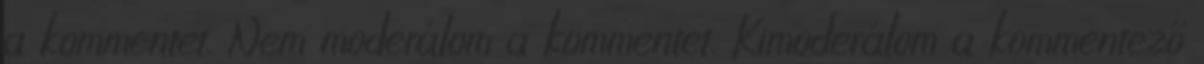
a kommentet. Nem moderálom a kommentet. Kimoderálom a kommentező